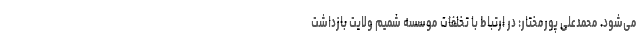
می‌شود. محمدعلی پورمختار: در ارتباط با تخلفات موسسه شمیم ولایت بازداشت